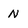
Character: n